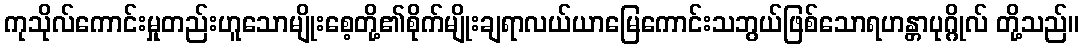
ကုသိုလ်ကောင်းမှုတည်းဟူသောမျိုးစေ့တို့၏စိုက်မျိုးချရာလယ်ယာမြေကောင်းသဘွယ်ဖြစ်သောရဟန္တာပုဂ္ဂိုလ် တို့သည်။